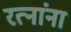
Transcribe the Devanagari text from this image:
रत्नांना